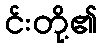
င်းတို့၏